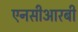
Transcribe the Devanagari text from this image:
एनसीआरबी